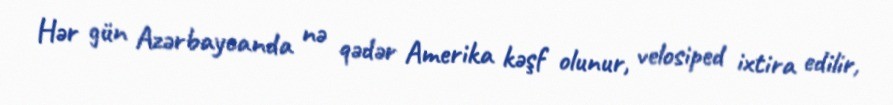
Hər gün Azərbaycanda nə qədər Amerika kəşf olunur, velosiped ixtira edilir,